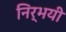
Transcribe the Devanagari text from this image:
निर्भयी